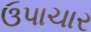
ઉપાચાર